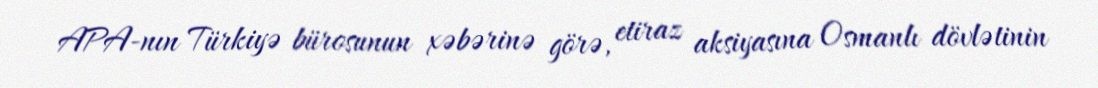
APA-nın Türkiyə bürosunun xəbərinə görə, etiraz aksiyasına Osmanlı dövlətinin